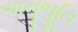
અનૂભૂતિ